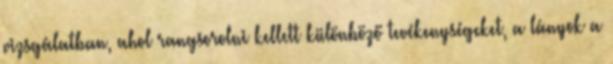
vizsgálatban, ahol rangsorolni kellett különböző tevékenységeket, a lányok a